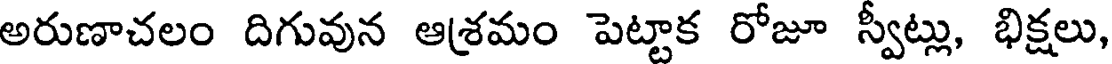
అరుణాచలం దిగువున ఆశ్రమం పెట్టాక రోజూ స్వీట్లు, భిక్షలు,